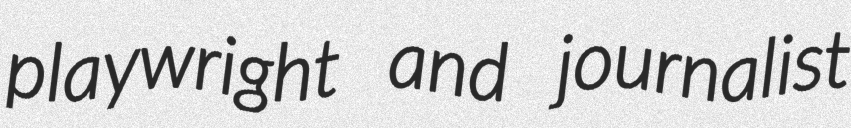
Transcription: playwright and journalist